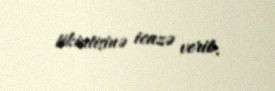
tikintisinə icazə verib.